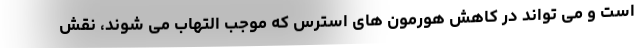
است و می تواند در کاهش هورمون های استرس که موجب التهاب می شوند، نقش